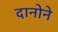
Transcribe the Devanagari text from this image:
दानोने